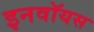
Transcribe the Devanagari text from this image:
इनवॉयस